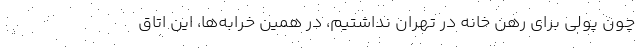
چون پولی برای رهن خانه در تهران نداشتیم، در همین خرابه‌ها، این اتاق